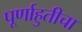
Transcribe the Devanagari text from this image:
पूर्णाहुतीचा